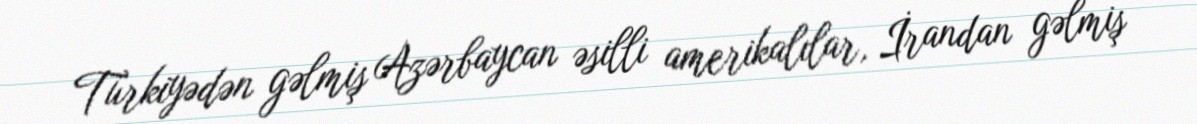
Türkiyədən gəlmiş Azərbaycan əsilli amerikalılar, İrandan gəlmiş